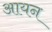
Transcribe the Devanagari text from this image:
अायन